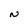
Character: N